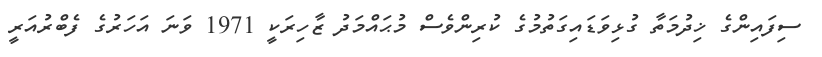
ސިފައިންގެ ޚިދުމަތާ ގުޅިވަޑައިގަތުމުގެ ކުރިންވެސް މުޙައްމަދު ޒާހިރަކީ 1971 ވަނަ އަހަރުގެ ފެބްރުއަރީ